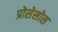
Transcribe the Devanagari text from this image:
प्रोसेसोस